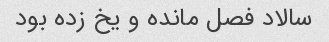
سالاد فصل مانده و یخ زده بود